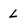
Character: L